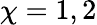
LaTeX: \chi=1,2